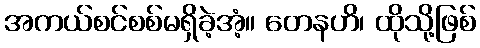
အကယ်စင်စစ်မရှိခဲ့အံ့။ တေနဟိ၊ ထိုသို့ဖြစ်